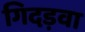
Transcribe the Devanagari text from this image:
गिदड़वा